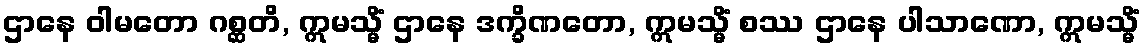
ဌာနေ ဝါမတော ဂစ္ဆတိ, ဣမသ္မိံ ဌာနေ ဒက္ခိဏတော, ဣမသ္မိံ စဿ ဌာနေ ပါသာဏော, ဣမသ္မိံ